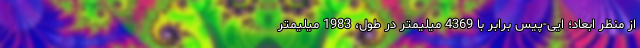
از منظر ابعاد؛ ایی-پیس برابر با 4369 میلیمتر در طول، 1983 میلیمتر